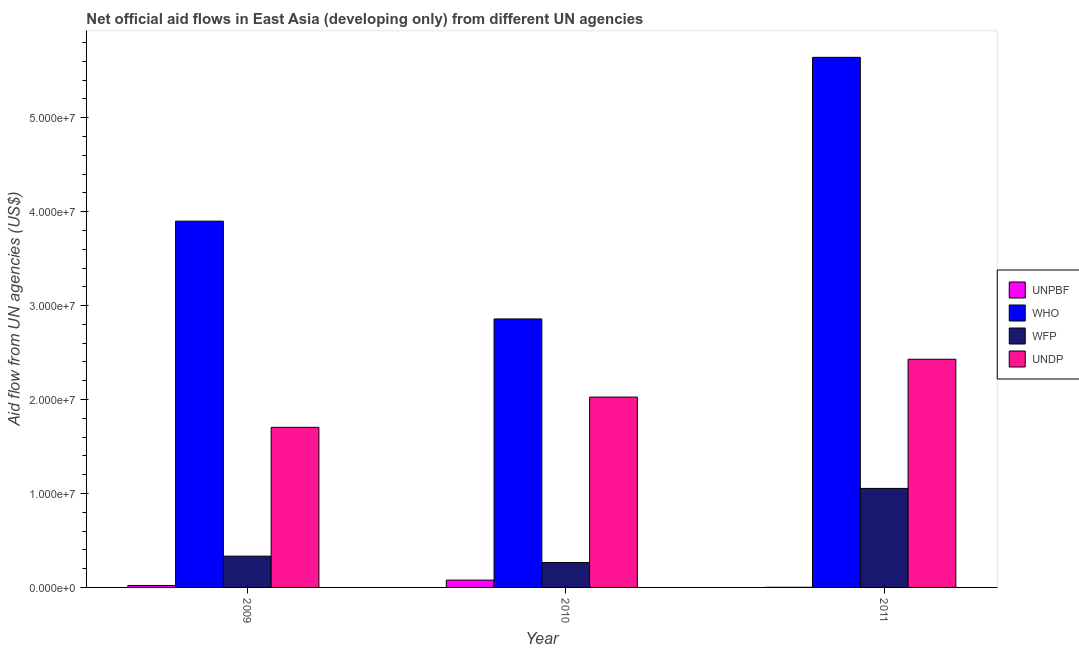
| Year | UNPBF | WHO | WFP | UNDP |
 | --- | --- | --- | --- | --- |
 | 2009 | 2.1e+05 | 3.9e+07 | 3.33e+06 | 1.7e+07 |
 | 2010 | 7.8e+05 | 2.86e+07 | 2.65e+06 | 2.03e+07 |
 | 2011 | 1e+04 | 5.64e+07 | 1.05e+07 | 2.43e+07 |